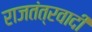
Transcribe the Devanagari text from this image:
राजतंत्रवादी